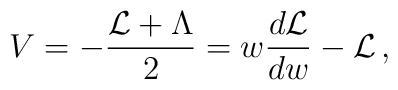
V=-{ {\cal L}+\Lambda\over 2}=w{d{\cal L}\over d w}-{\cal L}\, ,